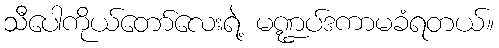
သီပေါကိုယ်တော်လေးရဲ့ မဏ္ဍပ်ဒကာမခံရတယ်။